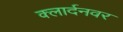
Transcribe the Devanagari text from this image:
क्लार्दनवर